Leaving Certificate Examination, 1916
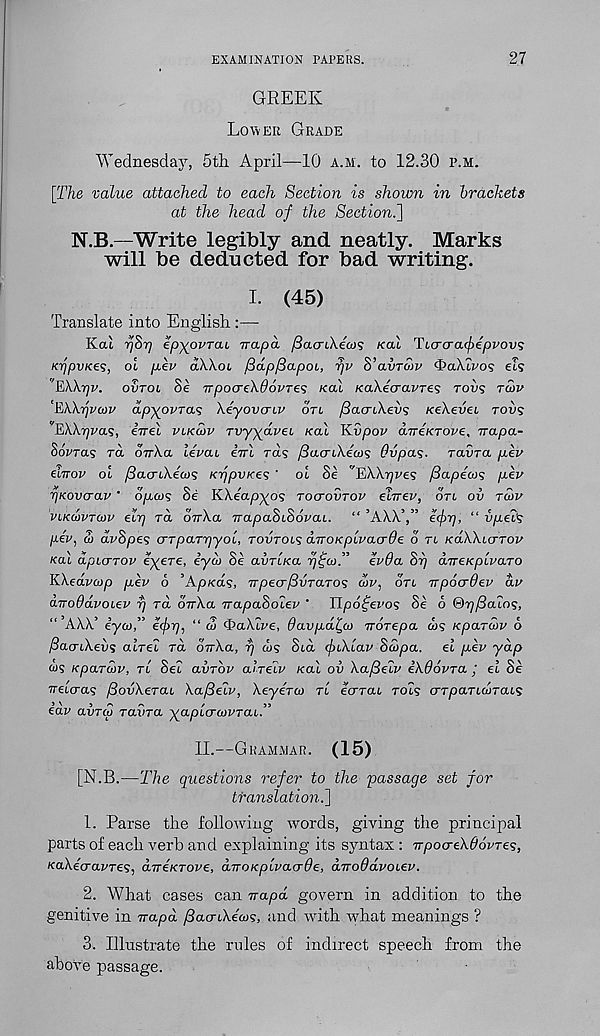
EXAMINATION PAPERS.
27
GREEK
LOWER GRADE
Wednesday, 5tbi April—10 A.M. to 12.30 P.M.
[T/ie value attached to each Section is shown in brackets
at the head of the Section^]
N.B—Write legibly and neatly. Marks
will be deducted for bad writing.
L (45)
Translate into English:—-
Kal yjSr) ep^ovTcu vapa ySacrtXews /cat Ttcrcra^eppovs
KijpvKes, ol pev aXkoi /3dp/3apoi, rjv S’avToiv ‘haXti'os els
'EWrjv. OVTOL Se TTpocrekdovres Kal KaXecravres rows TCOV
‘EXXrjvoov dp^ovras Xeyovcnv on /SacnXevs KeXevei rovs
’'EXXrjvas, iirel VIKCQV Tvyyavei Kal YLvpov dveKTove, vapa-
Bovras TCL onXa ievai iirl rd? fiacnXecos Ovpas. ravra per
einov oi ySacriXeais KppVKes ' ol Se 'EXX^ve^ /3apea>s per
y]Kovtjav ’ opcos Se KXeGpyos TOCTOVTOV elver, OTL OV rcor
VLKcorTcor elrj rd ovXa vapaSiSorai. “ ’AXA.’,”
“ {ipels
per, l) dvhpes crTparpyoi, TOVTOLS diroKplracrOe d TL KaKXuTTor
Kal dpicTTor eyere, e’yw Se avriKa r/^cr” erda Si] dveKplraro
KXedrwp per 6 ’Ap/cd?, npeo-fivTaros dir, OTL vpocrOer dr
dvoOdvoier r/ rd ovXa vapadoler ' Ilpo^ei'os Se 6 ©^/Icuo?,
AXX’ eyeu,” ecfrq, “ <2 ^aXlre, davpdl,a) vorepa a>s Kpardr 6
fiaaiXevs alrel rd ovXa, r) w? Sid faXlar Sdpa. el per yap
ws K par dr, TL Sei avrbr airelr Kal ov Xafielr iXdorra j el Se
Treicras fSovXeraL XafieZr, Xeyera) TL ecrrai rois crTparioirais
> '
5
-
/
3,
ear avrco Tavra yapLcruivTaL.
II.—GRAMMAR.
(15)
[N.B.—The questions refer to the passage set for
translation.]
1. Parse the following words, giving the principal
parts of each verb and explaining its syntax : wpocreXdorTes,
KaXeaarre^, dveKTore, dvoKplracrde, dvoddroier.
2. What cases can vapd govern in addition to the
genitive in vapd fiao-LXecrs, and with what meanings ?
3. Illustrate the rules of indirect speech from the
above passage.